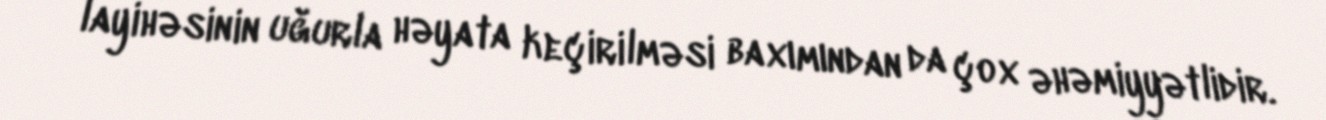
layihəsinin uğurla həyata keçirilməsi baxımından da çox əhəmiyyətlidir.